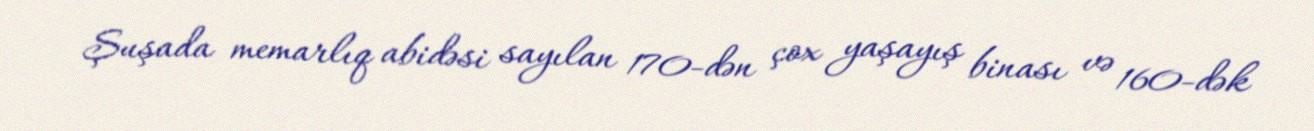
Şuşada memarlıq abidəsi sayılan 170-dən çox yaşayış binası və 160-dək